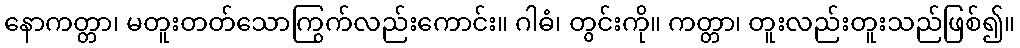
နောကတ္တာ၊ မတူးတတ်သောကြွက်လည်းကောင်း။ ဂါဓံ၊ တွင်းကို။ ကတ္တာ၊ တူးလည်းတူးသည်ဖြစ်၍။